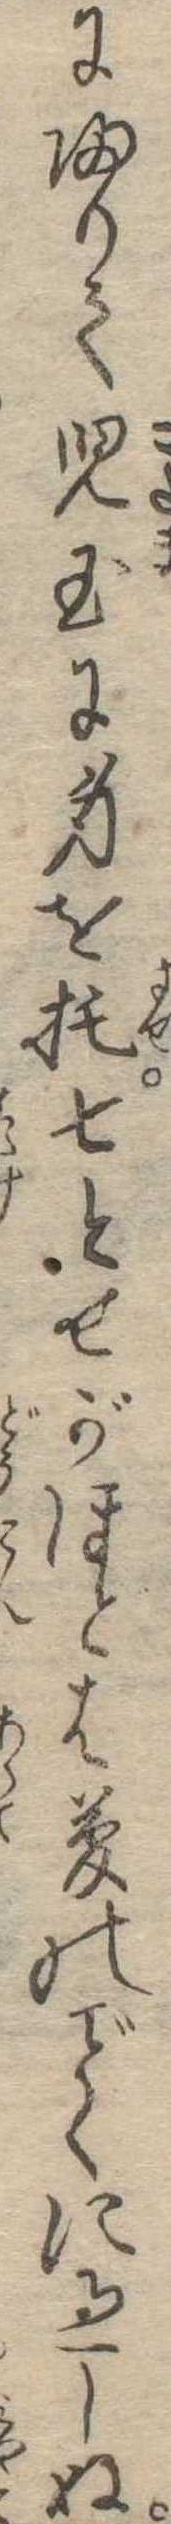
に帰りて児玉に身を托七とせがほとは夢のくに過しぬ